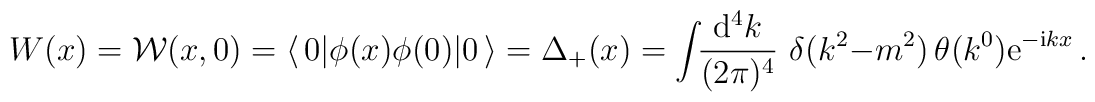
W(x) = {\cal W}(x,0) = \langle\, 0 | \phi(x)\phi(0) | 0 \,\rangle= \Delta_+(x)= {\displaystyle \int \!\! \frac{{\rm d}^4 k}{(2\pi)^4}} \,\,  \delta(k^2 - m^2)\, \theta(k^0) {\rm e}^{-{\rm i} k x }\,.